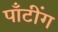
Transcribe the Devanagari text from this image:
पाँटींग